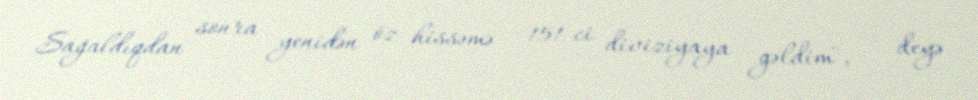
Sağaldıqdan sonra yenidən öz hissəmə — 151-ci diviziyaya gəldim", — deyə